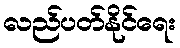
လည်ပတ်နိုင်ရေး